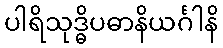
ပါရိသုဒ္ဓိပဓာနိယင်္ဂါနိ